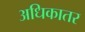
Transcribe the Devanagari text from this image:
अधिकातर